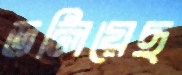
ডলিয়েছ